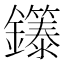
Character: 𬬞